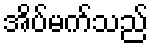
အိပ်မက်သည်